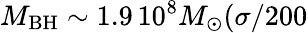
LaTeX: M_{\mathrm{BH}}\sim 1.9\, 10^{8}M_{\odot}(\sigma/200